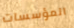
المؤسسات